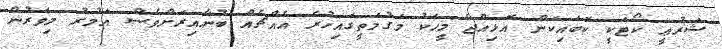
ޝަރުޢީ ކޯޓަކީ ކޮބައިކަން އޮޅިއްޖެ މީހަކު މަގުމަތީގައިހުރެ އެއްޗެއް ބުނާއިރަށްވެސް އަމުރު މިވަރުން